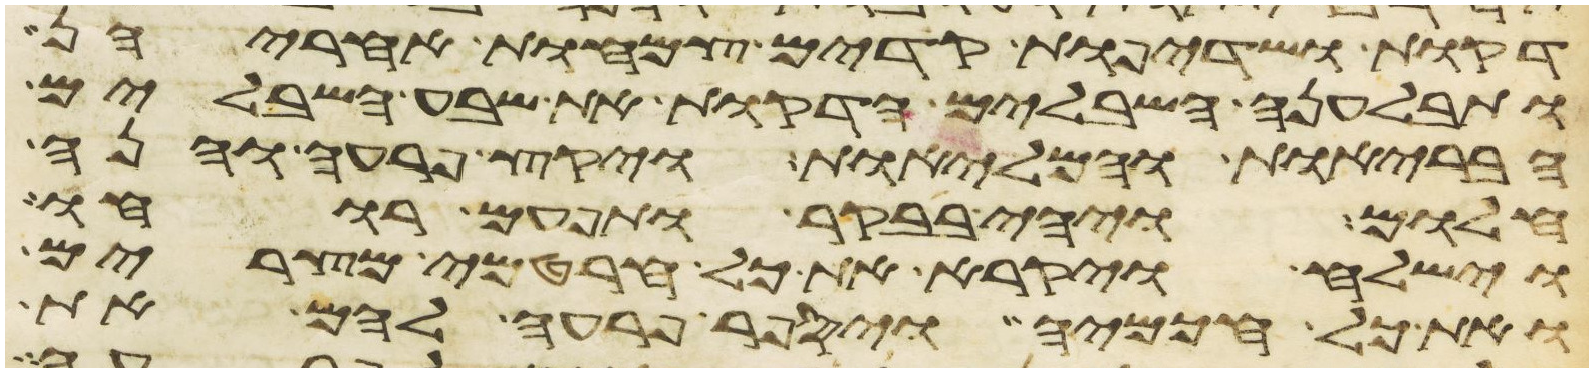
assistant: דקות ושדיפות קדים צמחות אחריהן
ותבלענה השבלים הדקות את שבע השבלים
הבריות והמליות ויקץ פרעה והנה
חלום ויהי בבקר ותפעם רוחו
וישלח ויקרא את כל חרטמי מצרים
ואת כל חכמיה ויספר פרעה להם את